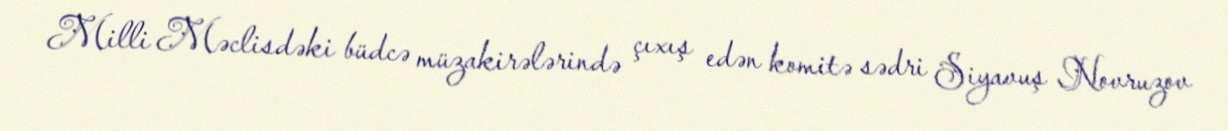
Milli Məclisdəki büdcə müzakirələrində çıxış edən komitə sədri Siyavuş Novruzov